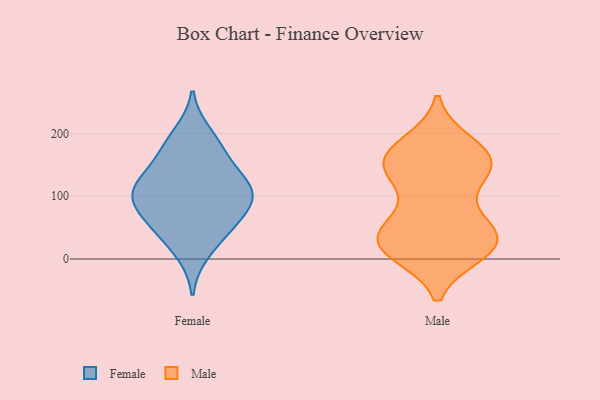
{"axis": {"x": "Churn Rate (%)", "y": "Value"}, "legend": ["Female", "Male"], "data": [{"x": "", "y": 48, "type": "Female"}, {"x": "", "y": 104, "type": "Female"}, {"x": "", "y": 88, "type": "Female"}, {"x": "", "y": 10, "type": "Female"}, {"x": "", "y": 104, "type": "Female"}, {"x": "", "y": 165, "type": "Female"}, {"x": "", "y": 179, "type": "Female"}, {"x": "", "y": 59, "type": "Female"}, {"x": "", "y": 101, "type": "Female"}, {"x": "", "y": 129, "type": "Female"}, {"x": "", "y": 134, "type": "Female"}, {"x": "", "y": 102, "type": "Female"}, {"x": "", "y": 200, "type": "Female"}, {"x": "", "y": 51, "type": "Female"}, {"x": "", "y": 17, "type": "Male"}, {"x": "", "y": 160, "type": "Male"}, {"x": "", "y": 65, "type": "Male"}, {"x": "", "y": 145, "type": "Male"}, {"x": "", "y": 153, "type": "Male"}, {"x": "", "y": 44, "type": "Male"}, {"x": "", "y": 29, "type": "Male"}, {"x": "", "y": 179, "type": "Male"}, {"x": "", "y": 121, "type": "Male"}, {"x": "", "y": 35, "type": "Male"}, {"x": "", "y": 16, "type": "Male"}, {"x": "", "y": 11, "type": "Male"}, {"x": "", "y": 16, "type": "Male"}, {"x": "", "y": 157, "type": "Male"}, {"x": "", "y": 183, "type": "Male"}, {"x": "", "y": 55, "type": "Male"}, {"x": "", "y": 140, "type": "Male"}, {"x": "", "y": 29, "type": "Male"}, {"x": "", "y": 151, "type": "Male"}]}